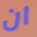
ان